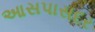
આસપાસદર